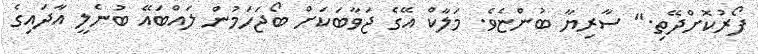
ފޯރުކޮށްދޭތި." ސާރިޔާ ބުންޏެވެ. މަލާކް އޭގެ ޖަވާބަކަށް ބޯޖަހަމުން ލައްބައޭ ބުނެލީ އާދައިގެ